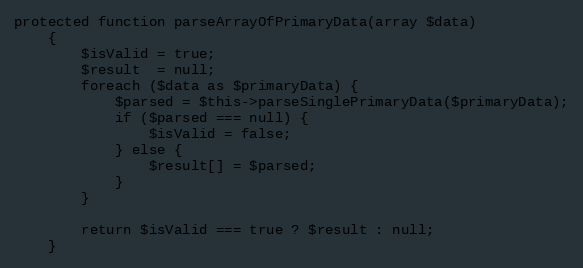
Language: PHP
protected function parseArrayOfPrimaryData(array $data)
    {
        $isValid = true;
        $result  = null;
        foreach ($data as $primaryData) {
            $parsed = $this->parseSinglePrimaryData($primaryData);
            if ($parsed === null) {
                $isValid = false;
            } else {
                $result[] = $parsed;
            }
        }

        return $isValid === true ? $result : null;
    }